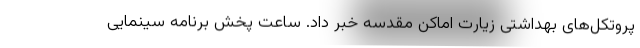
پروتکل‌های بهداشتی زیارت اماکن مقدسه خبر داد. ساعت پخش برنامه سینمایی